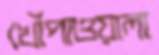
খোঁপাওয়ালা